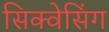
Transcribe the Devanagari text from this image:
सिक्वेसिंग